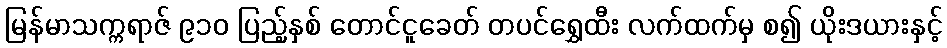
မြန်မာသက္ကရာဇ် ၉၁၀ ပြည့်နှစ် တောင်ငူခေတ် တပင်ရွှေထီး လက်ထက်မှ စ၍ ယိုးဒယားနှင့်